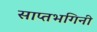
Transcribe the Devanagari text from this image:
साप्तभगिनी